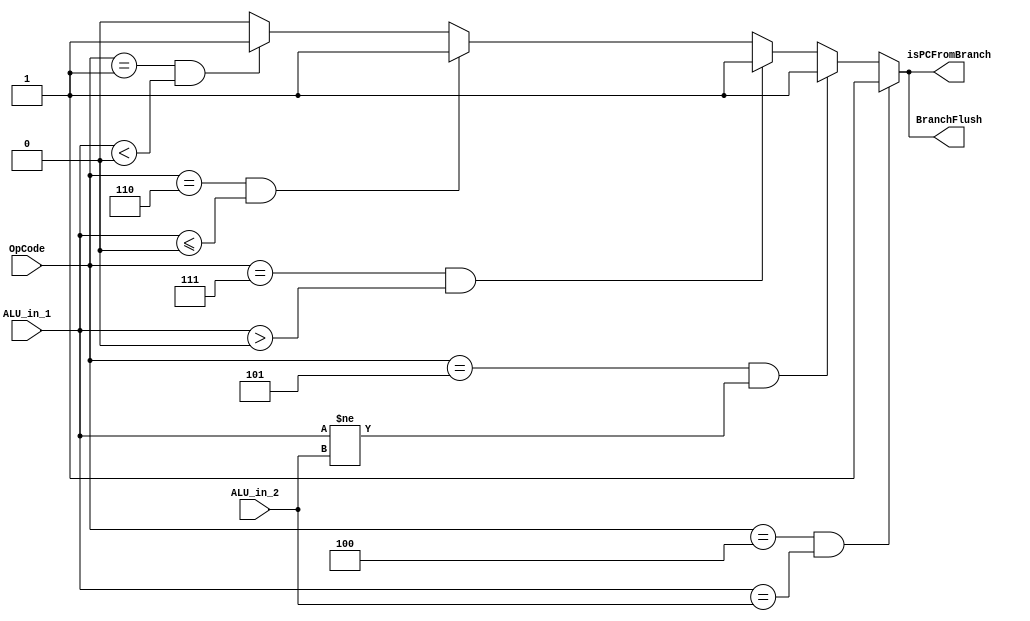
module BranchHazardUnit(
           input [5: 0] OpCode,
           input [31: 0] ALU_in_1, ALU_in_2,
           output isPCFromBranch, BranchFlush
       );

assign isPCFromBranch =
       OpCode == 6'h04 && ALU_in_1 == ALU_in_2 ? 1 :
       OpCode == 6'h05 && ALU_in_1 != ALU_in_2 ? 1 :
       OpCode == 6'h07 && $signed(ALU_in_1) > 0 ? 1 :
       OpCode == 6'h06 && $signed(ALU_in_1) <= 0 ? 1 :
       OpCode == 6'h01 && $signed(ALU_in_1) < 0 ? 1 : 0;
assign BranchFlush = isPCFromBranch;

endmodule